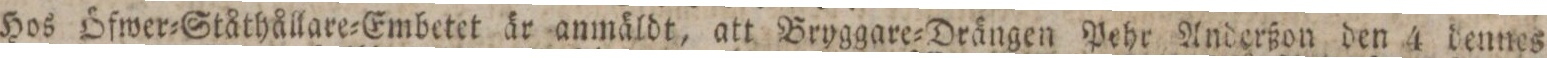
Hos Öfwer=Ståthållare=Embetet är anmäldt, att Bryggare=Drängen Pehr Anderßon den 4 dennes